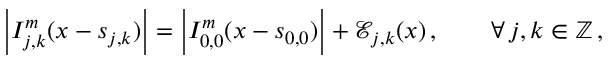
\left\vert I _ { j , k } ^ { m } ( \boldsymbol { x } - \boldsymbol { s } _ { j , k } ) \right\vert = \left\vert I _ { 0 , 0 } ^ { m } ( \boldsymbol { x } - \boldsymbol { s } _ { 0 , 0 } ) \right\vert + \mathcal { E } _ { j , k } ( \boldsymbol { x } ) \, , \qquad \forall \, j , k \in \mathbb { Z } \, ,